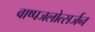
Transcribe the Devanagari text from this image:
वाष्पजलोत्सर्जन